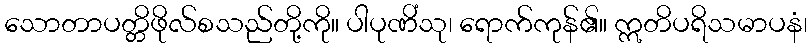
သောတာပတ္တိဖိုလ်စသည်တို့ကို။ ပါပုဏိံသု၊ ရောက်ကုန်၏။ ဣတိပရိသမာပနံ၊